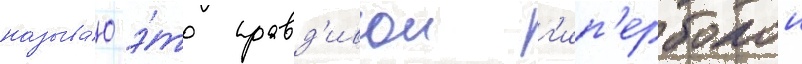
называ́ю э́то правд'ивои г'ип'ерболои